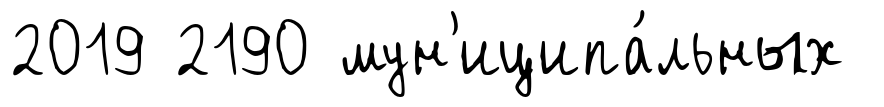
2019 2190 мун'иципа́льных